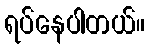
ရပ်နေပါတယ်။